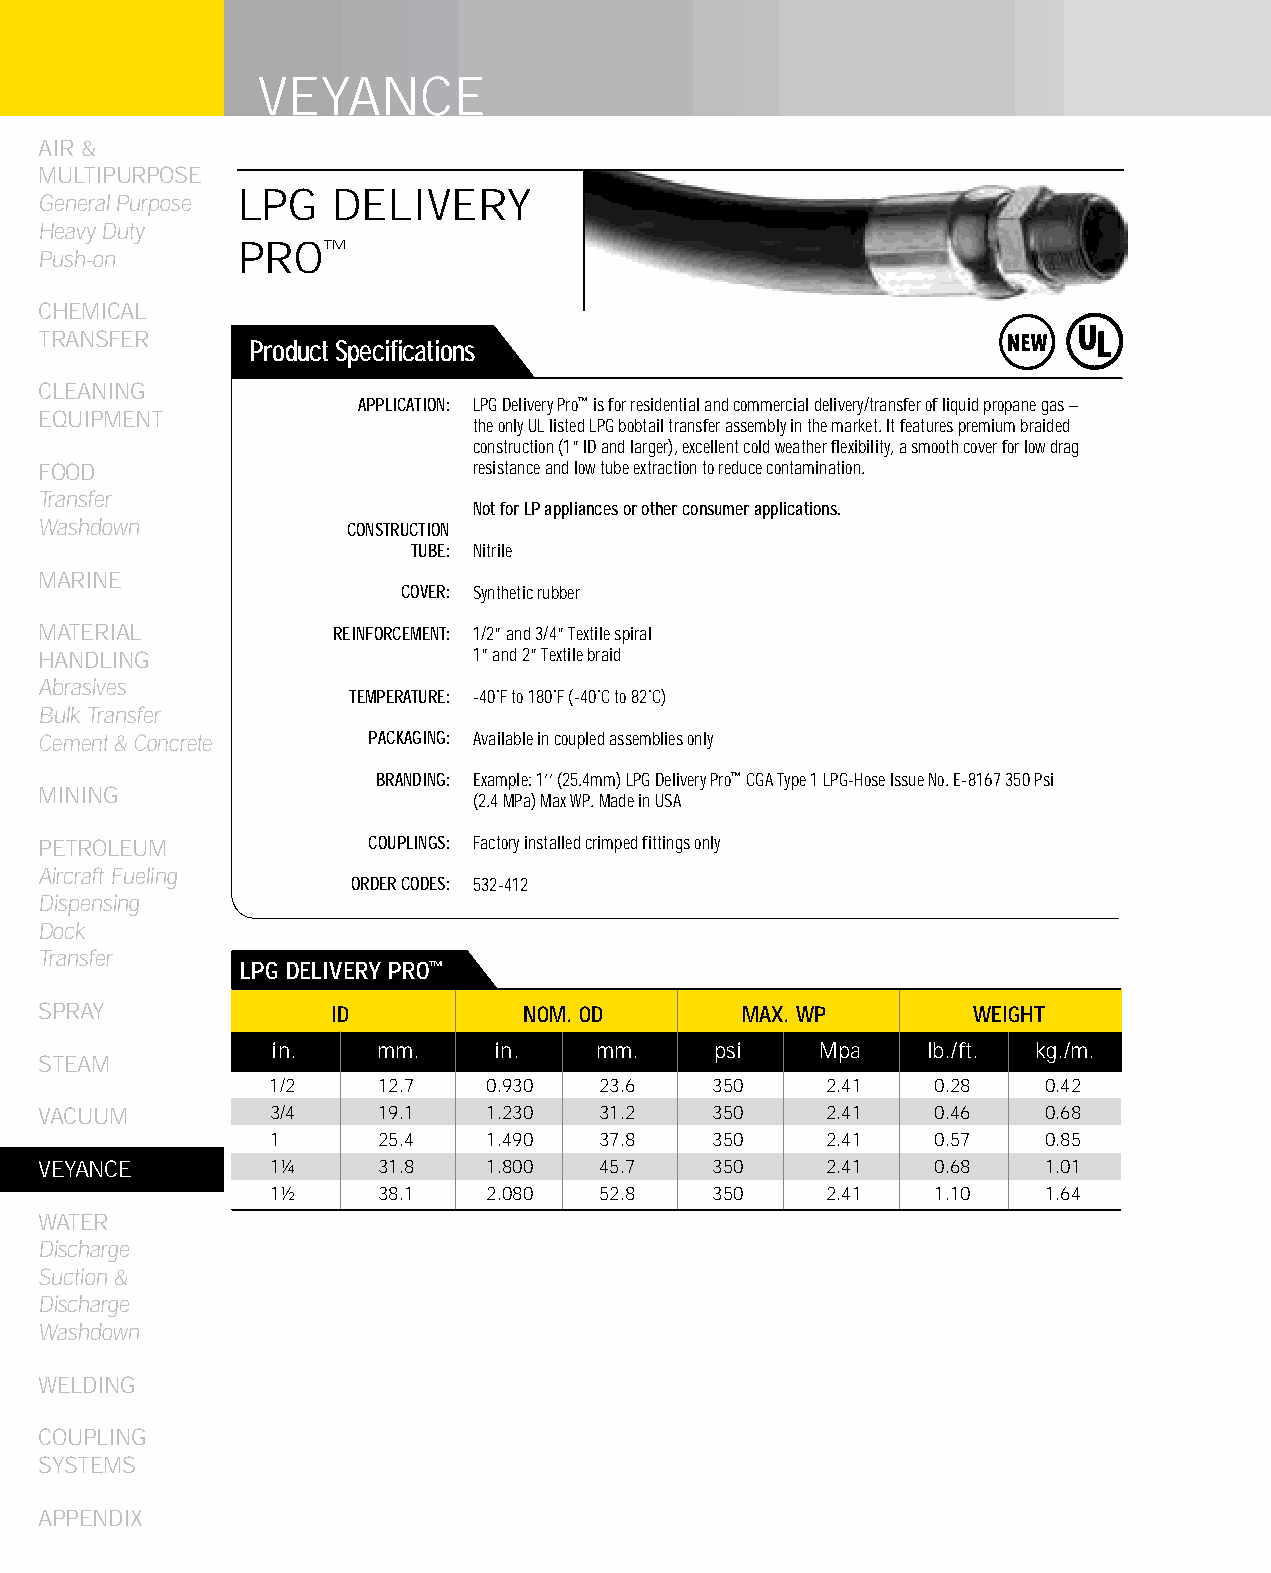
VEYANCE
 AIR &
 MULTIPURPOSE
 LPG   DELIVERY
 General Purpose
 Heavy Duty
 PRO™
 Push-on
 CHEMICAL
 TRANSFER
 Product Specifications
 CLEANING
 APPLICATION: LPG Delivery Pro™ is for residential and commercial delivery/transfer of liquid propane gas –
 EqUIPMENT
 the only UL listed LPG bobtail transfer assembly in the market. It features premium braided
 construction (1” ID and larger), excellent cold weather flexibility, a smooth cover for low drag
 FOOD                        resistance and low tube extraction to reduce contamination.
 Transfer
 Not for LP appliances or other consumer applications.
 Washdown            CONSTRUCTION
 TUBE: Nitrile
 MARINE
 COVER: Synthetic rubber
 MATERIAL           REINFORCEMENT: 1/2” and 3/4” Textile spiral
 HANDLING                    1” and 2” Textile braid
 Abrasives
 TEMPERATURE: -40˚F to 180˚F (-40˚C to 82˚C)
 Bulk Transfer
 Cement & Concrete    PACKAGING: Available in coupled assemblies only
 BRANDING: Example: 1’’ (25.4mm) LPG Delivery Pro™ CGA Type 1 LPG-Hose Issue No. E-8167 350 Psi
 MINING
 (2.4 MPa) Max WP. Made in USA
 PETROLEUM            COUPLINGS: Factory installed crimped fittings only
 Aircraft Fueling
 ORDER CODES: 532-412
 Dispensing
 Dock
 Transfer
 LPG DELIVERy PRO™
 SPRAY              ID           NOM. OD       MAX. WP         WEIGHT
 in.    mm.     in.    mm.    psi    Mpa    lb./ft. kg./m.
 STEAM
 1/2    12.7   0.930   23.6   350     2.41   0.28   0.42
 VACUUM         3/4    19.1   1.230   31.2   350     2.41   0.46   0.68
 1      25.4   1.490   37.8   350     2.41   0.57   0.85
 VEYANCE        1¼     31.8   1.800   45.7   350     2.41   0.68   1.01
 1½     38.1   2.080   52.8   350     2.41   1.10   1.64
 WATER
 Discharge
 Suction &
 Discharge
 Washdown
 WELDING
 COUPLING
 SYSTEMS
 APPENDIX
 216